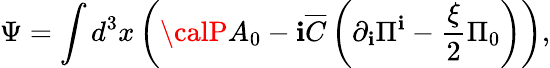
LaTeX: \Psi=\int{d^{3}x}\left({{\calP}A_{0}-\mathbf{i}{\overline{{{C}}}}\left({\partial_{\mathbf{i}}\Pi^{\mathbf{i}}-\frac{{\xi}}{{2}}\Pi_{0}}\right)}\right),